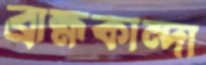
ব্রাহ্মকান্দা